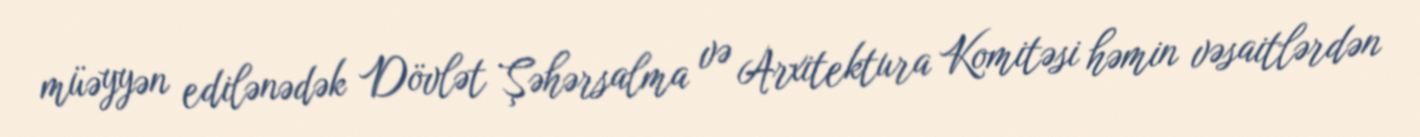
müəyyən edilənədək Dövlət Şəhərsalma və Arxitektura Komitəsi həmin vəsaitlərdən